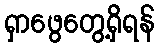
ရှာဖွေတွေ့ရှိရန်